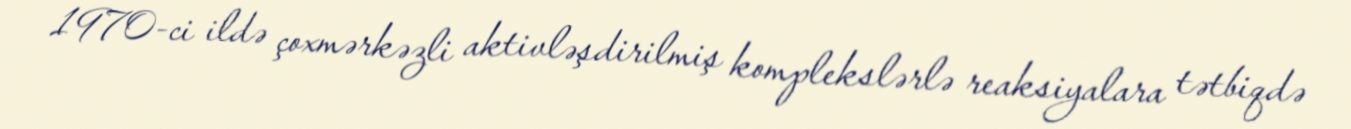
1970-ci ildə çoxmərkəzli aktivləşdirilmiş komplekslərlə reaksiyalara tətbiqdə